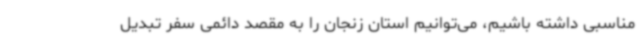
مناسبی داشته باشیم، می‌توانیم استان زنجان را به مقصد دائمی سفر تبدیل